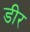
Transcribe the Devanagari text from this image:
डीर